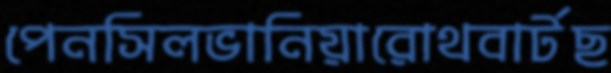
পেনসিলভানিয়ারোথবার্টছ